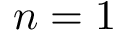
n = 1